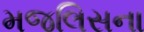
મજલિસના